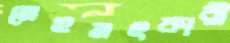
মেহনৎকারী